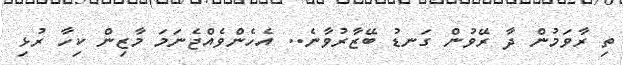
ތި ރާވަމުން ދާ ރޭވުން ގަނޑު ބޭޒާރުވާނެ.. އެހެންވެއްޖެނަމަ މާޒިން ކިހާ ރުޅި